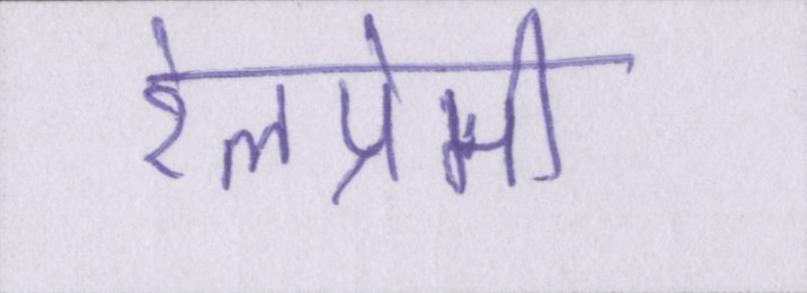
रेलप्रेमी